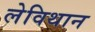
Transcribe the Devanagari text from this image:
लेविथान